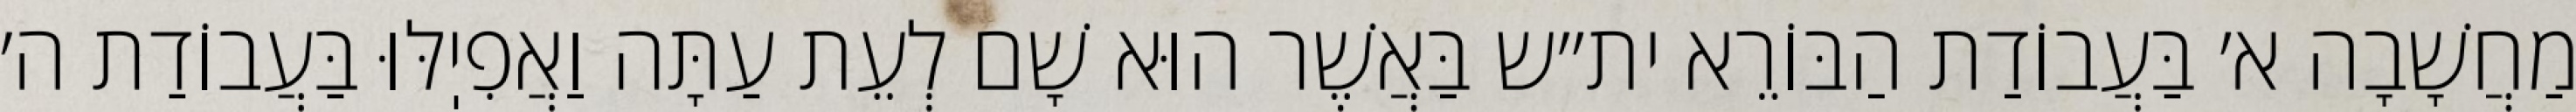
מַחֲשָׁבָה א׳ בַּעֲבוֹדַת הַבּוֹרֵא ית״ש בַּאֲשֶׁר הוּא שָׁם לְעֵת עַתָּה וַאֲפִיֽלּוּ בַּעֲבוֹדַת ה׳